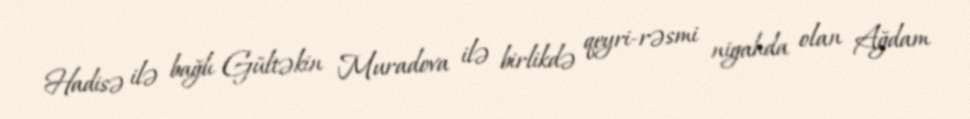
Hadisə ilə bağlı Gültəkin Muradova ilə birlikdə qeyri-rəsmi nigahda olan Ağdam